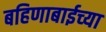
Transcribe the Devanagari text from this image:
बहिणाबाईच्‍या